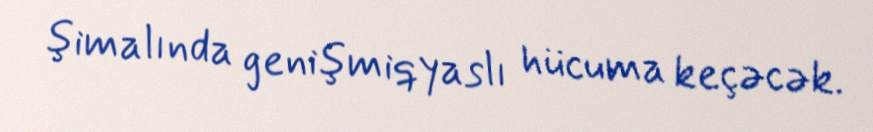
şimalında genişmiqyaslı hücuma keçəcək.